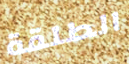
الطلقة